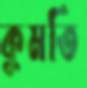
কুমতি